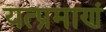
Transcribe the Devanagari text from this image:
यत्प्रमाणं